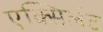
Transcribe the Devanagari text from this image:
एक्सिलंट